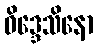
ဝိဒ္ဒေသိနော